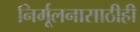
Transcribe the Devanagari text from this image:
निर्मूलनासाठीही